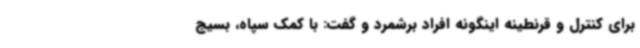
برای کنترل و قرنطینه اینگونه افراد برشمرد و گفت: با کمک سپاه، بسیج